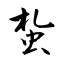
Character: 蚻